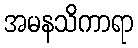
အမနသိကာရာ